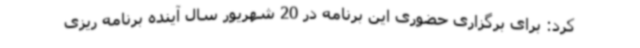
کرد: برای برگزاری حضوری این برنامه در 20 شهریور سال آینده برنامه ریزی